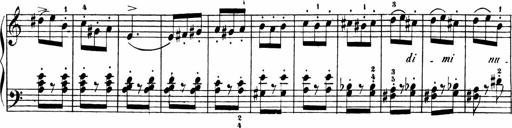
Title: Sonatinen Op.47, 98 und 136, nebst 6 Liedersonatinen
Composer: Carl Reinecke